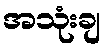
အသုံးချ